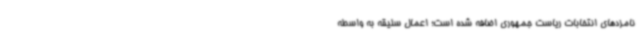
نامزدهای انتخابات ریاست جمهوری اضافه شده است؛ اعمال سلیقه به واسطه